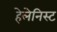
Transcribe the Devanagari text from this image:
हेलेनिस्ट